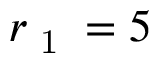
r _ { \textrm { 1 } } = 5